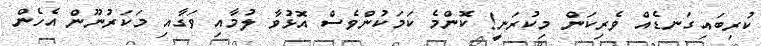
ކުރިބައިގަނޑެއް ވެރިކަން މިކުރަނީ! ކޮންމެ ކަމަކުންވެސް އޮޅުވާ ލުމާއި ވަގާއި މަކަރުނޫން އެހެން